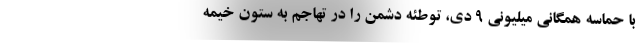
با حماسه همگانی میلیونی 9 دی، توطئه دشمن را در تهاجم به ستون خیمه